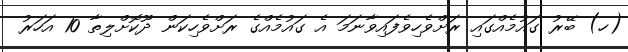
(ހ) ބޭރު ގައުމެއްގައި ރަށްވެހިވެފައިވާނަމަ އެ ގައުމެއްގެ ރަށްވެހިކަން ދޫކޮށްލިތާ 10 އަހަރު